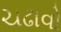
ચઢાવો